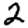
Digit: 2